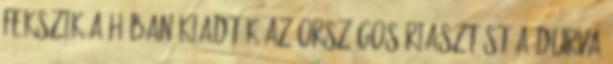
fekszik a hóban Kiadták az országos riasztást a durva